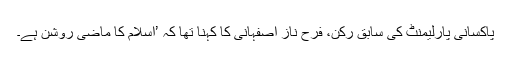
پاکسانی پارلیمنٹ کی سابق رکن، فرح ناز اصفہانی کا کہنا تھا کہ ’اسلام کا ماضی روشن ہے۔